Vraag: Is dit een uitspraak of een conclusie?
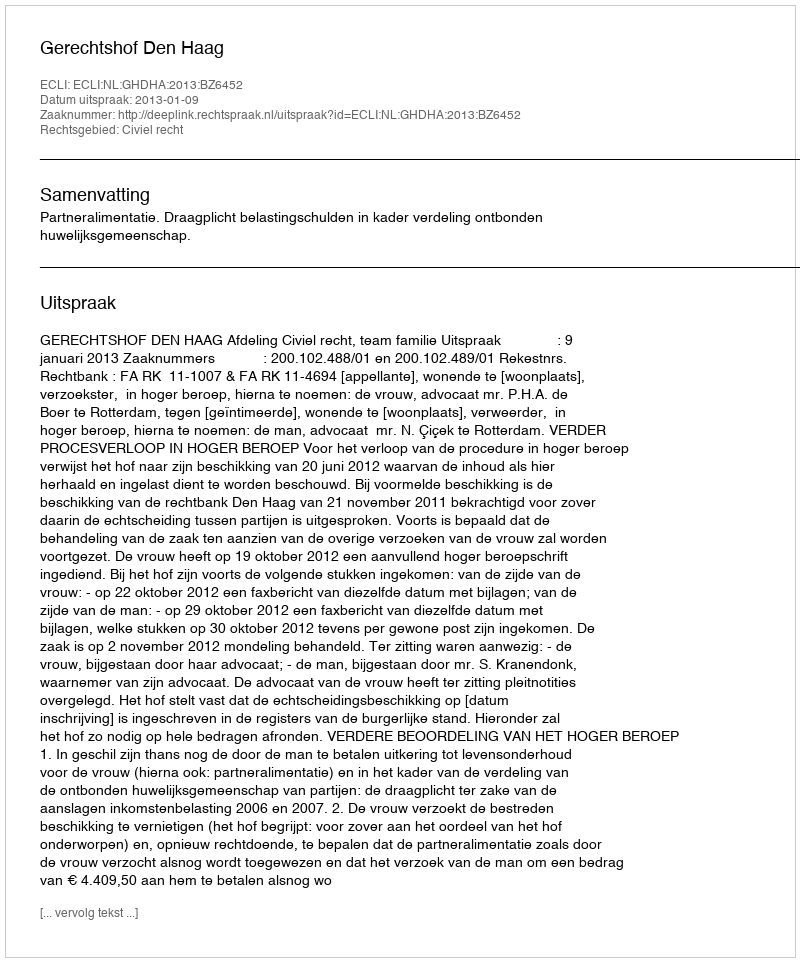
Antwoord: Uitspraak